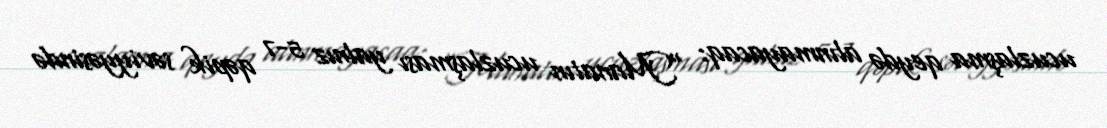
ucuzlaşma qeydə alınmayacaq: “Manatın ucuzlaşması yalnız 5-7 qəpik səviyyəsində